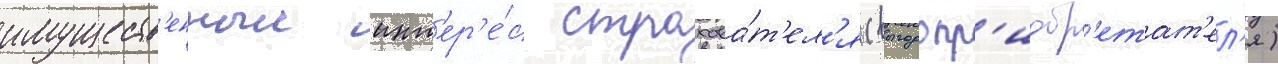
имуществ'енныи инт'ер'е́с страхова́т'ел'я (выгодопр'иобр'етат'ел'я)